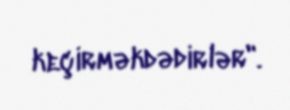
keçirməkdədirlər".